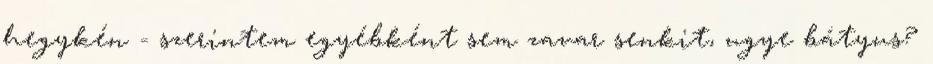
hegykén - szerintem egyébként sem zavar senkit, ugye bátyus?